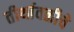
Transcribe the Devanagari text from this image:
तीर्थावळीचे